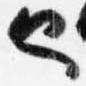
也